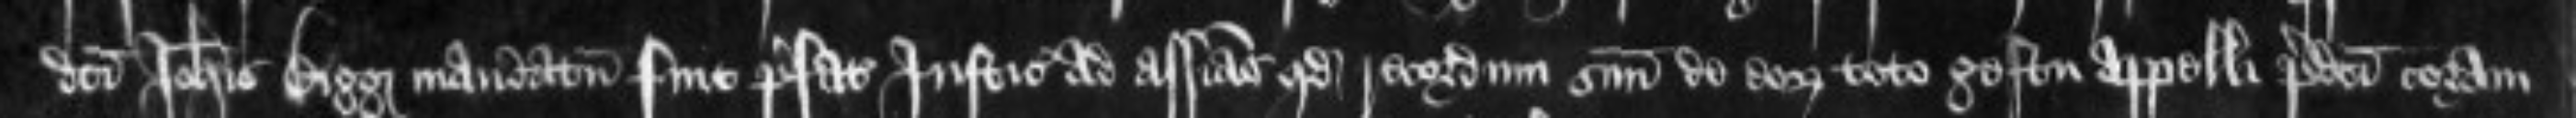
dicti Johannis Bigg mandatum fuit prefatis Justiciariis ad assisas quod recordum suum de eorum toto gestu appelli predicti coram